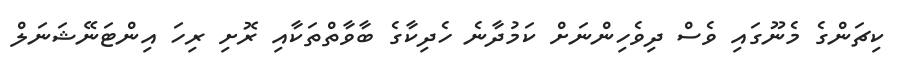
ކިޗަންގެ މެނޫގައި ވެސް ދިވެހިންނަށް ކަމުދާނެ ހެދިކާގެ ބާވާތްތަކާއި ރޮށި ރިހަ އިންޓަނޭޝަނަލް